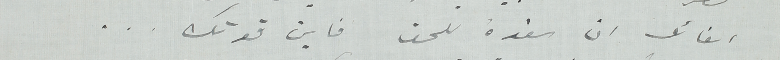
القائل ان القوة للحق فأين قوتك ...